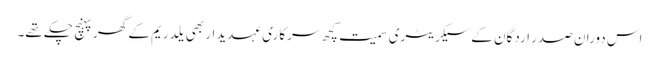
اس دوران صدر اردگان کے سیکریٹری سمیت کچھ سرکاری عہدیدار بھی یلدریم کے گھر پہنچ چکے تھے۔